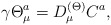
\begin{align*}\gamma \Theta_{\mu}^a = D^{(\Theta)}_{\mu} C^a,\end{align*}